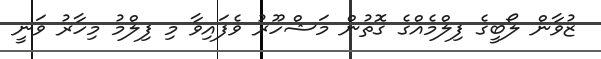
ޒުވާން ލޯބީގެ ފިލްމެއްގެ ގޮތުން މަޝްހޫރު ވެފައިވާ މި ފިލްމު މިހާރު ވަނީ